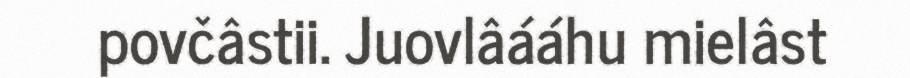
povčâstii. Juovlâááhu mielâst